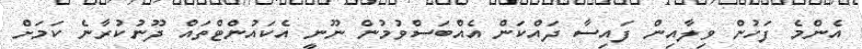
އެންމެ ފަހުން ވިލާއިން ފައިސާ ދައްކަން އެއްބަސްވުމުން ނޫނީ އެކައުންޓްތައް ދޫނުކުރާނެ ކަމަށް